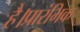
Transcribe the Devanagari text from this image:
है।प्रारंभिक